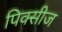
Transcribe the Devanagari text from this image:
पिक्सीज